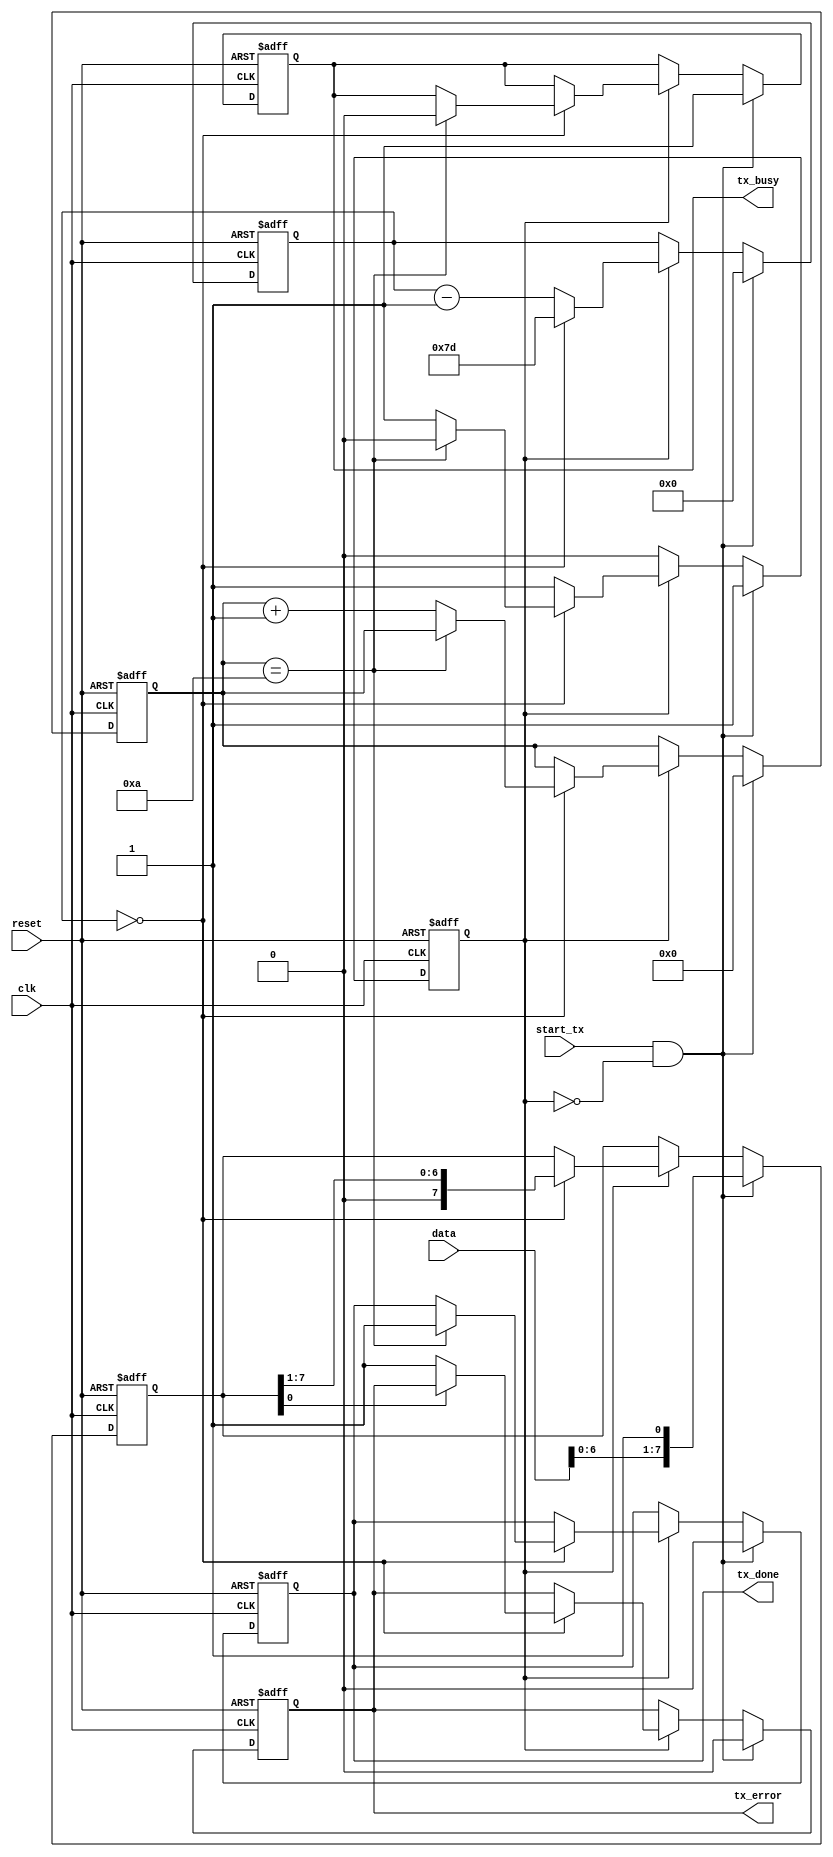
module uart_transmitter (
  input wire clk,
  input wire reset,
  input wire start_tx,
  input wire [7:0] data,
  output reg tx_done,
  output reg tx_busy,
  output reg tx_error
);

reg [10:0] baud_counter;
reg [3:0] bit_counter;
reg [7:0] shift_reg;
reg tx_active;

always @ (posedge clk or posedge reset) begin
  if (reset) begin
    baud_counter <= 0;
    bit_counter <= 0;
    shift_reg <= 0;
    tx_active <= 0;
    tx_done <= 1'b0;
    tx_busy <= 1'b0;
    tx_error <= 1'b0;
  end else begin
    if (start_tx && !tx_active) begin
      shift_reg <= {1'b0, data, 1'b1}; // Add start and stop bits
      tx_active <= 1;
      baud_counter <= 0; 
      bit_counter <= 0;
      tx_done <= 1'b0;
      tx_busy <= 1'b1;
      tx_error <= 1'b0;
    end else if (tx_active) begin
      if (baud_counter == 0) begin
        shift_reg <= shift_reg >> 1;
        baud_counter <= 125; // Baud rate divisor for 115200 baud
        if (bit_counter == 10) begin
          tx_done <= 1'b1;
          tx_busy <= 1'b0;
          tx_active <= 0;
        end else begin
          bit_counter <= bit_counter + 1;
        end
        if (shift_reg[0] != 1'b1) begin
          tx_error <= 1'b1;
        end
      end else begin
        baud_counter <= baud_counter - 1;
      end
    end
  end
end

endmodule